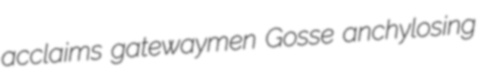
acclaims gatewaymen Gosse anchylosing